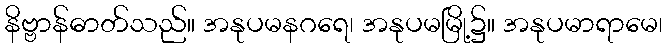
နိဗ္ဗာန်ဓာတ်သည်။ အနုပမနဂရေ၊ အနုပမမြို့၌။ အနုပမာရာမေ၊